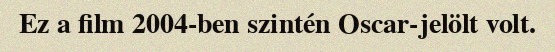
Ez a film 2004-ben szintén Oscar-jelölt volt.